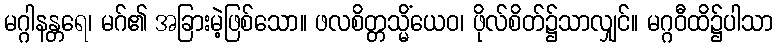
မဂ္ဂါနန္တရေ၊ မဂ်၏ အခြားမဲ့ဖြစ်သော။ ဖလစိတ္တသ္မိံယေဝ၊ ဖိုလ်စိတ်၌သာလျှင်။ မဂ္ဂဝီထိ၌ပါသာ